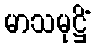
မာသမုဋ္ဌိံ